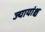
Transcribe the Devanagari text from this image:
ज्यायांश्च